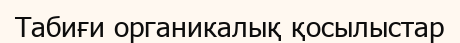
Табиғи органикалық қосылыстар